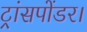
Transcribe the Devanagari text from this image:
ट्रांसपोंडर।